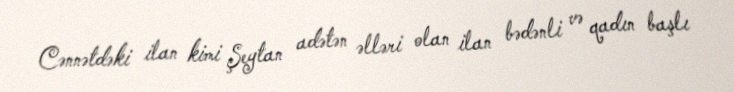
Cənnətdəki ilan kimi Şeytan adətən əlləri olan ilan bədənli və qadın başlı